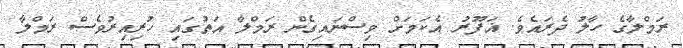
ރަމްލާގެ ހާލު ދެރައެވެ. ޣަފޫރު އެކަމަށް ވިސްނައިގެން ރަމްލާ އަތުގައި ހުރިއިރުވެސް ރަމްލާ